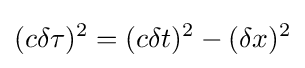
(c\delta \tau )^{2}=(c\delta t)^{2}-(\delta x)^{2}